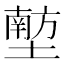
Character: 𪤟